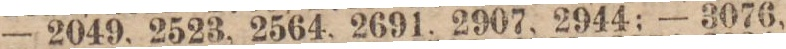
— 2049, 2523, 2564, 2691, 2907, 2944; — 3076,